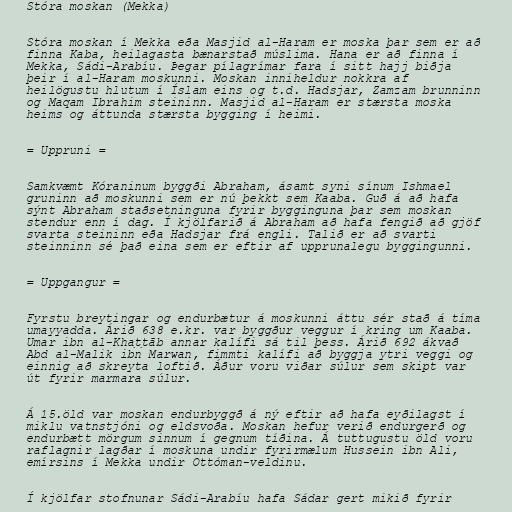
Stóra moskan (Mekka)

Stóra moskan í Mekka eða Masjid al-Haram er moska þar sem er að
finna Kaba, heilagasta bænarstað múslima. Hana er að finna í
Mekka, Sádi-Arabíu. Þegar pílagrímar fara í sitt hajj biðja
þeir í al-Haram moskunni. Moskan inniheldur nokkra af
heilögustu hlutum í Íslam eins og t.d. Hadsjar, Zamzam brunninn
og Maqam Ibrahim steininn. Masjid al-Haram er stærsta moska
heims og áttunda stærsta bygging í heimi.

= Uppruni =

Samkvæmt Kóraninum byggði Abraham, ásamt syni sínum Ishmael
gruninn að moskunni sem er nú þekkt sem Kaaba. Guð á að hafa
sýnt Abraham staðsetninguna fyrir bygginguna þar sem moskan
stendur enn í dag. Í kjölfarið á Abraham að hafa fengið að gjöf
svarta steininn eða Hadsjar frá engli. Talið er að svarti
steinninn sé það eina sem er eftir af upprunalegu byggingunni.

= Uppgangur =

Fyrstu breytingar og endurbætur á moskunni áttu sér stað á tíma
umayyadda. Árið 638 e.kr. var byggður veggur í kring um Kaaba.
Umar ibn al-Khaṭṭāb annar kalífi sá til þess. Árið 692 ákvað
Abd al-Malik ibn Marwan, fimmti kalífi að byggja ytri veggi og
einnig að skreyta loftið. Áður voru viðar súlur sem skipt var
út fyrir marmara súlur.

Á 15.öld var moskan endurbyggð á ný eftir að hafa eyðilagst í
miklu vatnstjóni og eldsvoða. Moskan hefur verið endurgerð og
endurbætt mörgum sinnum í gegnum tíðina. Á tuttugustu öld voru
raflagnir lagðar í moskuna undir fyrirmælum Hussein ibn Ali,
emírsins í Mekka undir Ottóman-veldinu.

Í kjölfar stofnunar Sádi-Arabíu hafa Sádar gert mikið fyrir